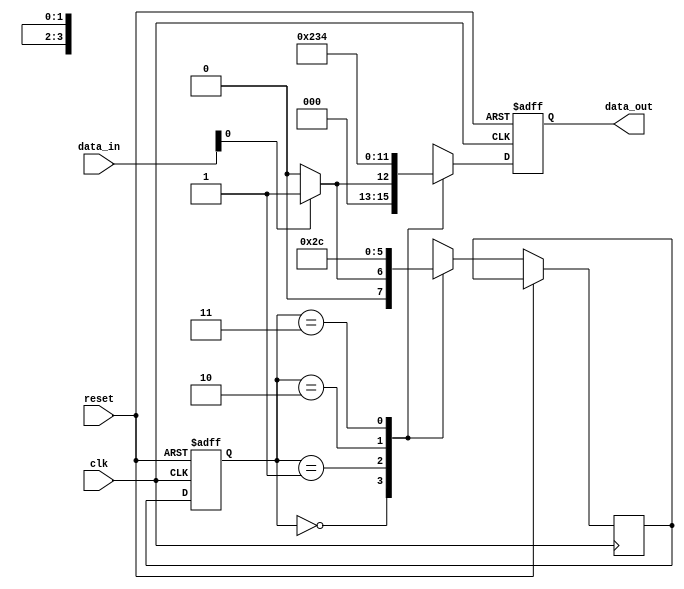
module edge_sensitive_block (
    input wire clk,          // Clock signal
    input wire reset,        // Reset signal
    input wire [3:0] data_in, // Input data
    output reg [3:0] data_out // Output data
);

    // State declaration
    reg [1:0] state; // 2-bit state register
    reg [1:0] next_state; // Next state register

    // State encoding
    localparam STATE_0 = 2'b00,
               STATE_1 = 2'b01,
               STATE_2 = 2'b10,
               STATE_3 = 2'b11;

    // Initialization on power-up
    initial begin
        state = STATE_0; // Initial state
        data_out = 4'b0000; // Initial output
    end

    // Sequential logic: State transition and output logic
    always @(negedge clk or posedge reset) begin
        if (reset) begin
            state <= STATE_0; // Reset state
            data_out <= 4'b0000; // Reset output
        end else begin
            state <= next_state; // Update state on negative edge
            // Output logic based on current state and input
            case (state)
                STATE_0: begin
                    if (data_in[0]) begin
                        next_state = STATE_1;
                        data_out = 4'b0001; // Example output
                    end else begin
                        next_state = STATE_0;
                        data_out = 4'b0000; // Example output
                    end
                end
                STATE_1: begin
                    next_state = STATE_2;
                    data_out = 4'b0010; // Example output
                end
                STATE_2: begin
                    next_state = STATE_3;
                    data_out = 4'b0011; // Example output
                end
                STATE_3: begin
                    next_state = STATE_0;
                    data_out = 4'b0100; // Example output
                end
                default: begin
                    next_state = STATE_0;
                    data_out = 4'b0000; // Default output
                end
            endcase
        end
    end

endmodule